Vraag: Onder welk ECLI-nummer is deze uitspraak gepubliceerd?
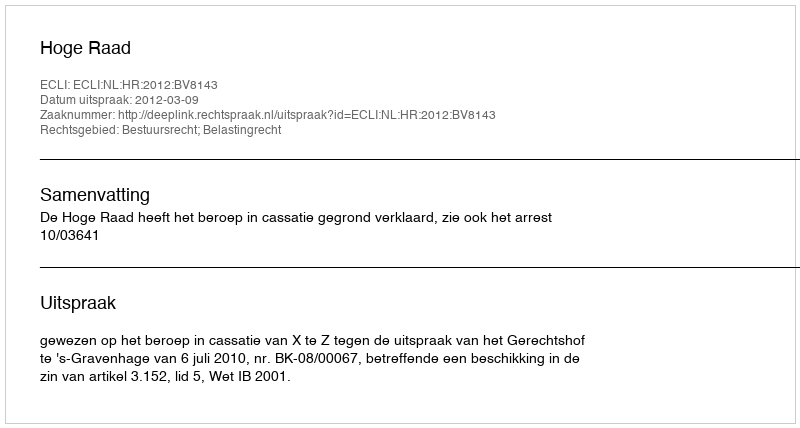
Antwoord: ECLI:NL:HR:2012:BV8143